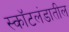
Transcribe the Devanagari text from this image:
स्कॉटलंडातील